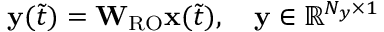
\begin{array} { r } { \mathbf { y } ( \Tilde { t } ) = \mathbf { W } _ { \mathrm { R O } } \mathbf { x } ( \Tilde { t } ) , \quad \mathbf { y } \in \mathbb { R } ^ { N _ { y } \times 1 } } \end{array}